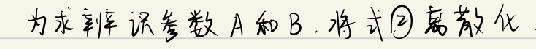
为求辨识参数A和B. 将式$\textcircled{2}$离散化.